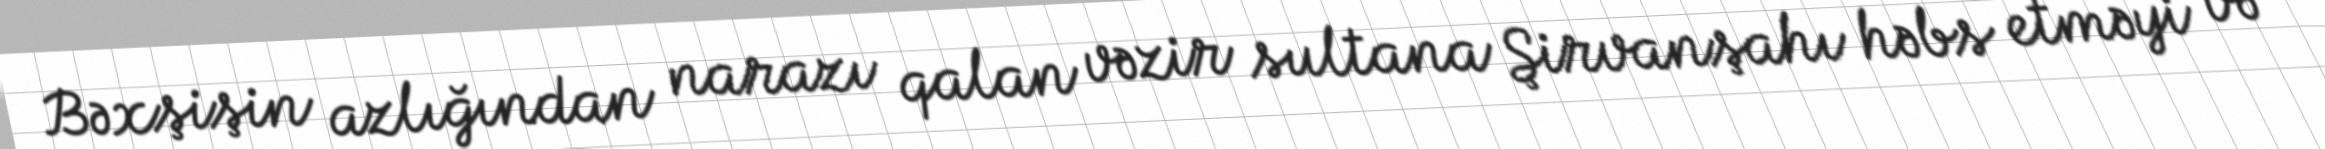
Bəxşişin azlığından narazı qalan vəzir sultana Şirvanşahı həbs etməyi və